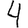
Digit: 4